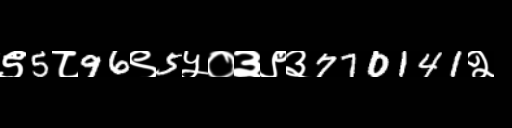
Text: ९5८96९5५०३९३770141२